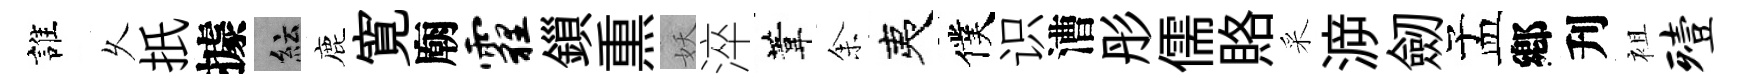
誰乆扺據紜鹿寛廟霾鎻𤋱妖淬葦𪜬夷僕识漕彤儒賂采㴑劒孟鄕刋袓殪